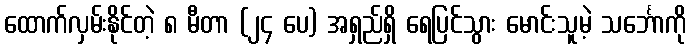
ထောက်လှမ်းနိုင်တဲ့ ၈ မီတာ (၂၄ ပေ) အရှည်ရှိ ရေပြင်သွား မောင်းသူမဲ့ သင်္ဘောကို